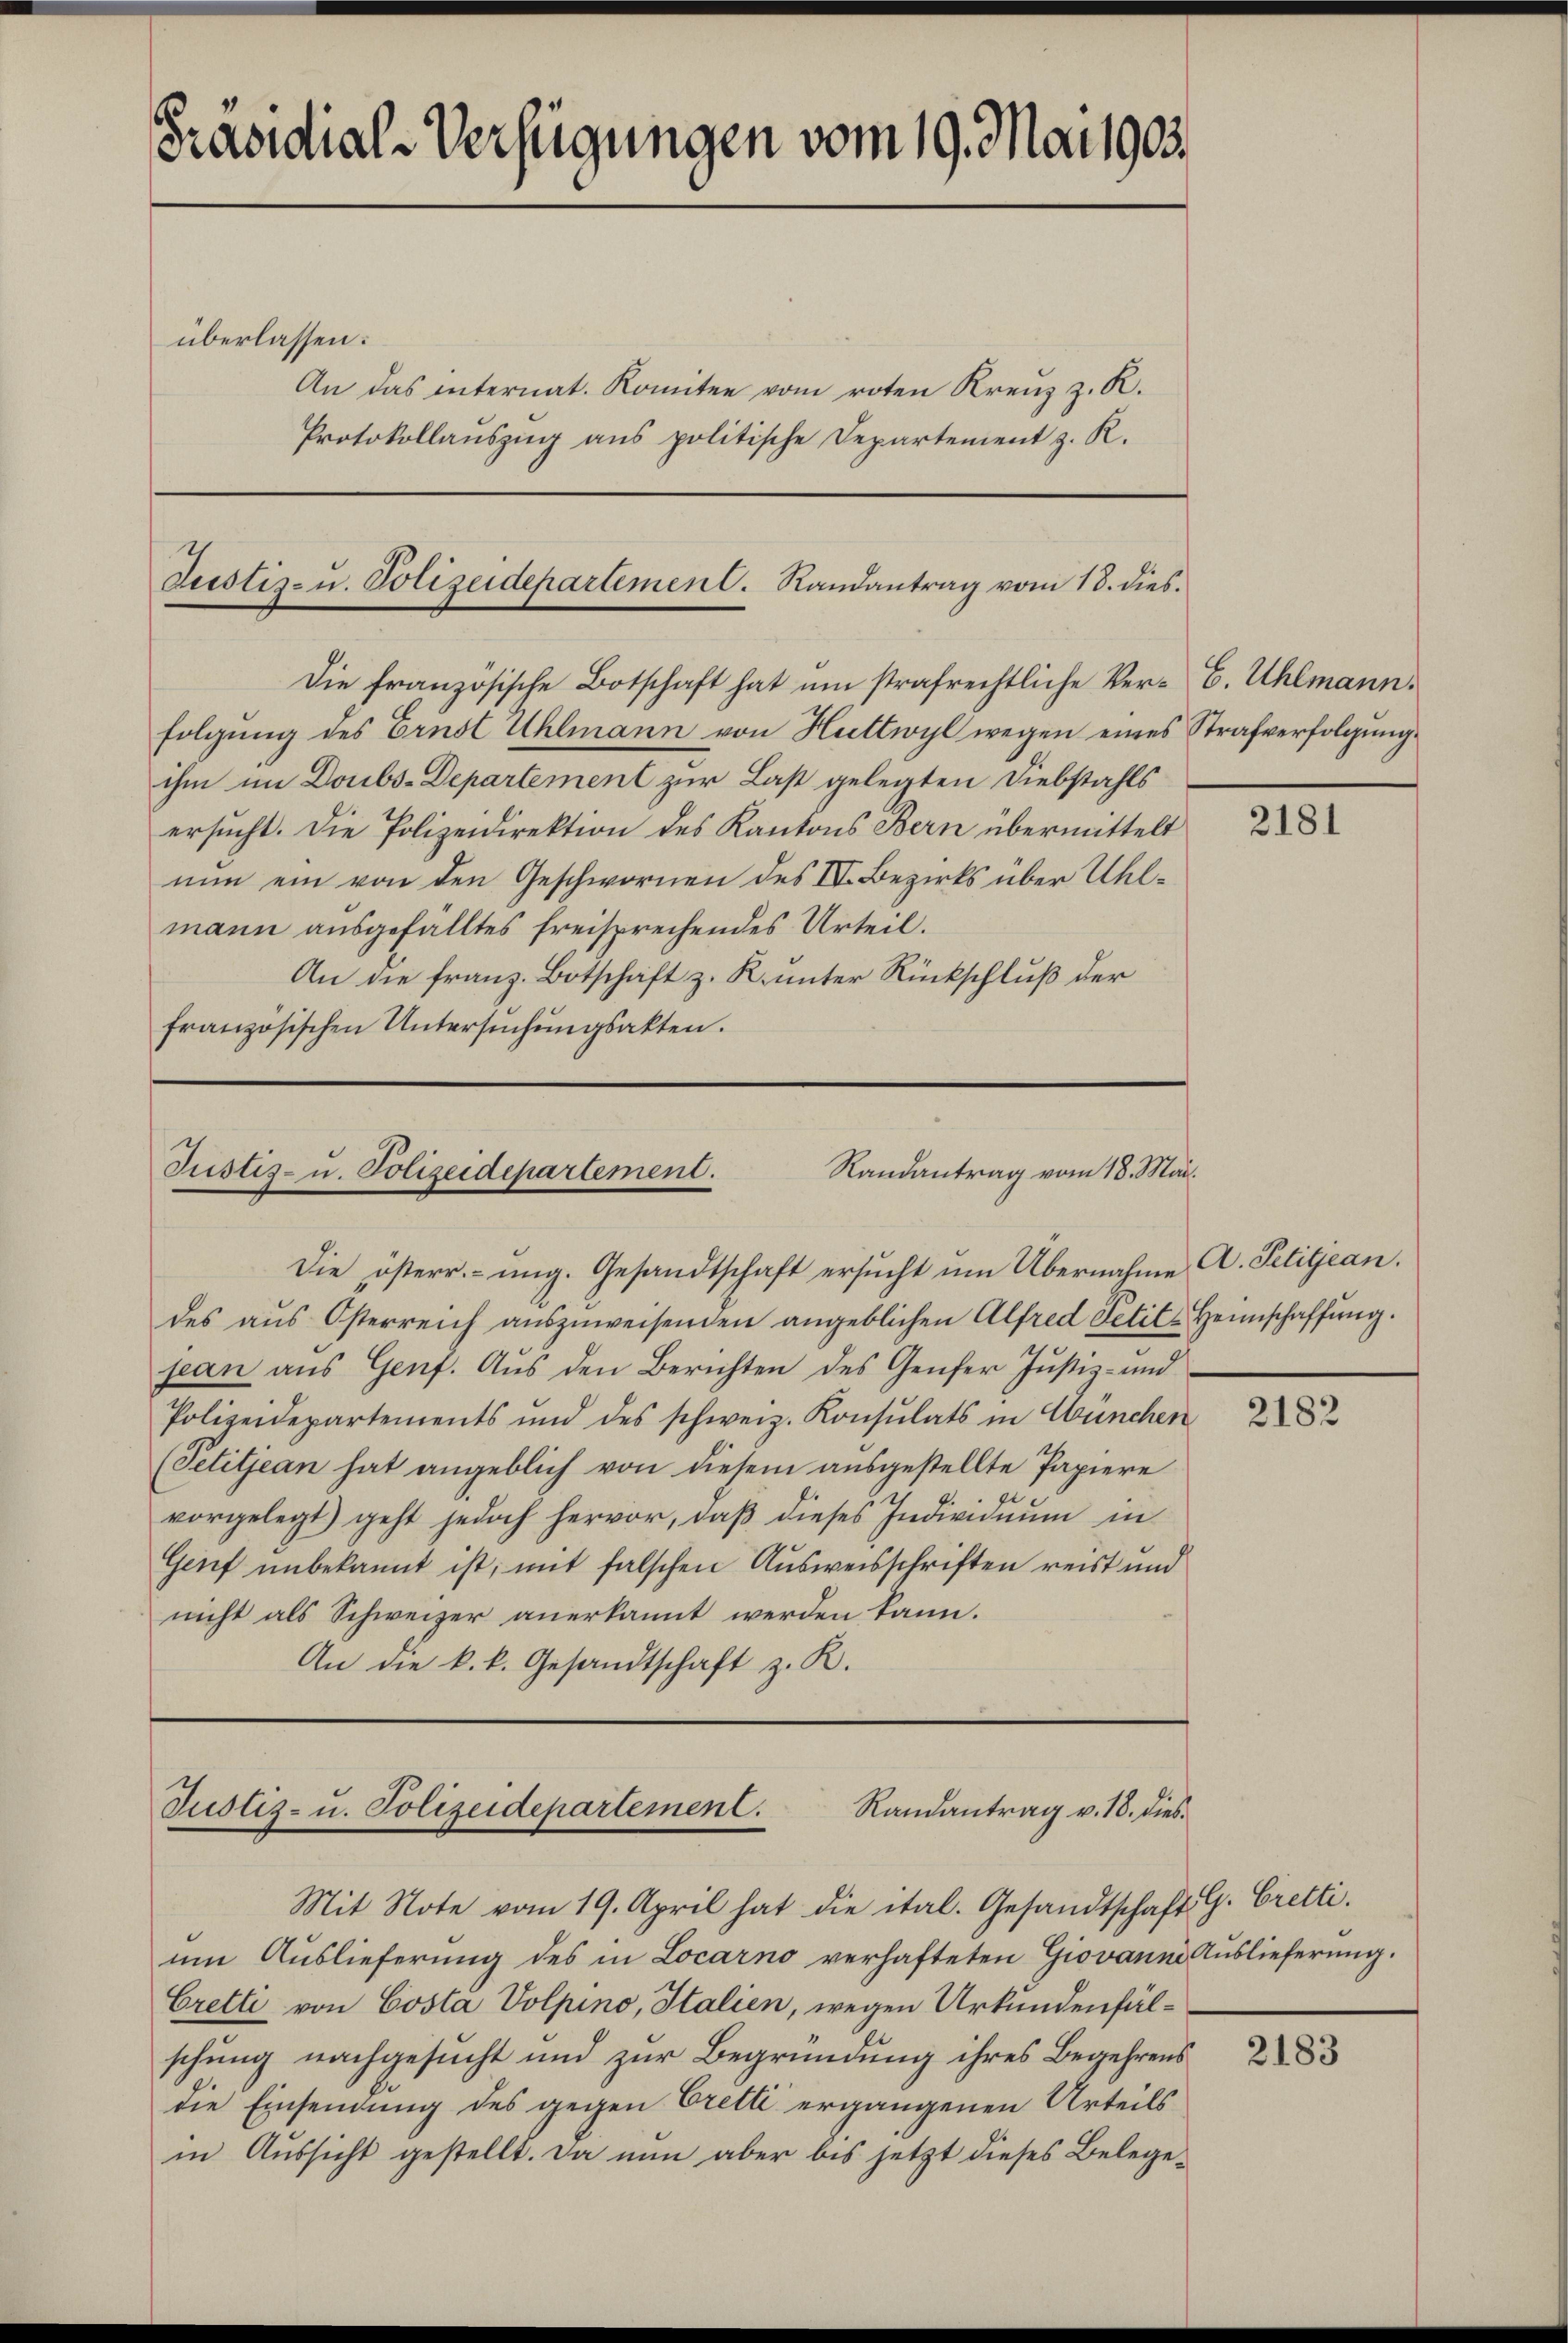
Präsidial-Verfügungen vom 19. Mai 1905.

überlassen:
An das internat. Komitee vom roten Kreuz z. R.
Protokollauszug aus politische Departement z. R.

Justiz- u. Polizeidepartement. Randantrag vom 18. dies.

Die französische Botschaft hat um strafrechtliche Ver-E. Uhlmann.
folgung des Ernst Uhlmann von Huttwyl wegen eines Strafverfolgung
ihm im Doubs-Departement zur Last gelegten Diebstahls
ersucht. Die Polizeidirektion des Kantons Bern übermittelt
nun ein von den Geschwornen des IV. Bezirks über Uhlmann ausgefälltes freisprechendes Urteil.
An die franz. Botschaft z. R. unter Rückschluß der
französischen Untersuchungsakten.

Randantrag vom 18. Mai.
Justiz- u. Polizeidepartement.
Die österr.- ŭng. Gesandtschaft ersŭcht ŭm Übernahme A. Petitjean.

Mit Note vom 19. April hat die ital. Gesandtschaft G. Cretti.
um Auslieferung des in Locarno verhafteten Giovanni Auslieferung.
Cretti von Costa Volpino, Italien, wegen Urkundenfälschung nachgesucht und zur Begründung ihres Begehrens
die Einsendung des gegen Cretti ergangenen Urteils
in Aŭssicht gestellt. Da nun aber bis jetzt dieses Belege-

des aus Österreich auszuweisenden angeblichen Alfred Petit-Heimschaffung.
jean ans Genf. Aŭs den Berichten des Genfer Justiz- und
Polizeidepartements und des schweiz. Konsulats in München
(Petitjean hat angeblich von diesem ausgestellte Papiere
vorgelegt) geht jedoch hervor, daβ dieses Individuum in
Genf unbekannt ist, mit falschen Ausweisschriften reist und
nicht als Schweizer anerkannt werden kann.
An die k. k. Gesandtschaft z. R.

Justiz- u. Polizeidepartement.
Randantrag v. 18. dies

2181

2182

2183